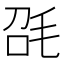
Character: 𣬸